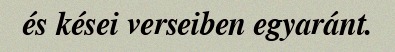
és kései verseiben egyaránt.